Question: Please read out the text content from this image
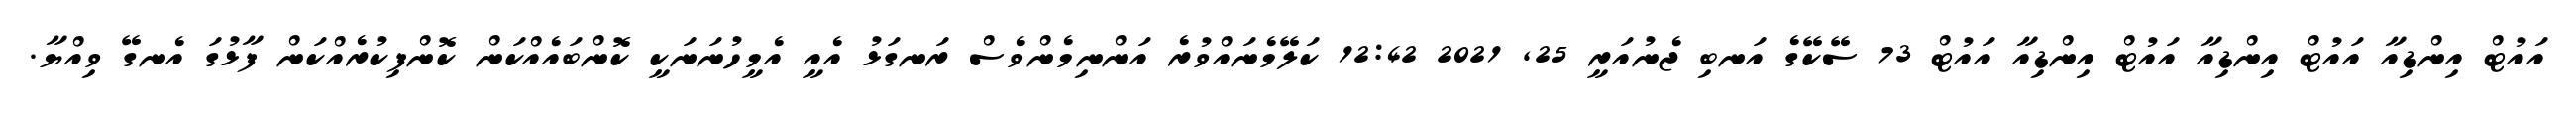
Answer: އައުޓް އިންޑިއާ އައުޓް އިންޑިއާ އައުޓް އިންޑިއާ އައުޓް 73 ސޭކޭގެ އަނބި ޖެނުއަރީ 25, 2021 12:42 ކަލޭމެނައްވުރެ އަންނިމެންވެސް ރަނގަޅު އެއީ އެމީހުނަނަކީ ކޮންބައެއްކަން ކޮންފިކުރެއްކަން ފާޅުގަ އެނގޭ ވިއްޔާ.